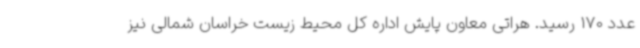
عدد 170 رسید. هراتی معاون پایش اداره کل محیط زیست خراسان شمالی نیز